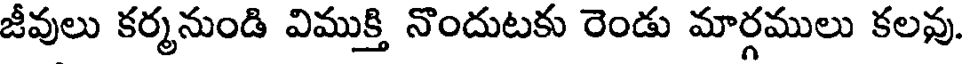
జీవులు కర్మనుండి విముక్తి నొందుటకు రెండు మార్గములు కలవు.